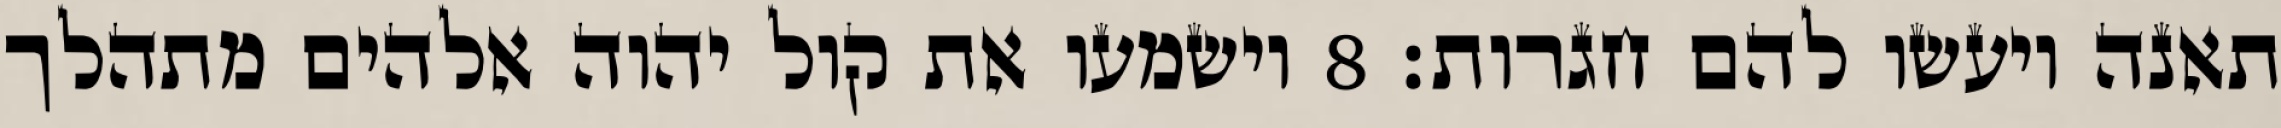
תאנה ויעשו להם חגרות׃ ‎8‏ וישמעו את קול יהוה אלהים מתהלך